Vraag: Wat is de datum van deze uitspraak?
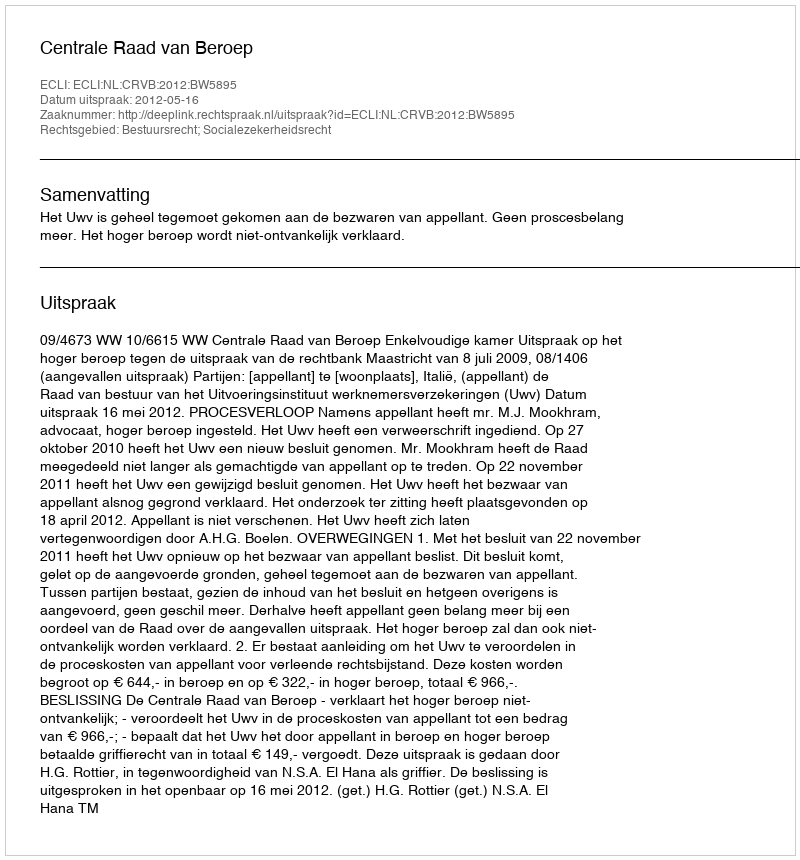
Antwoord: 2012-05-16